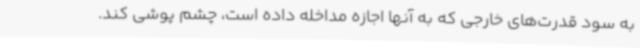
به سود قدرت‌های خارجی که به آنها اجازه مداخله داده است، چشم پوشی کند.